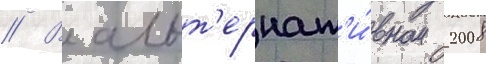
// В альт'ернат'и́вном 2008